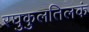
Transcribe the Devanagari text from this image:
रघुकुलतिलकं